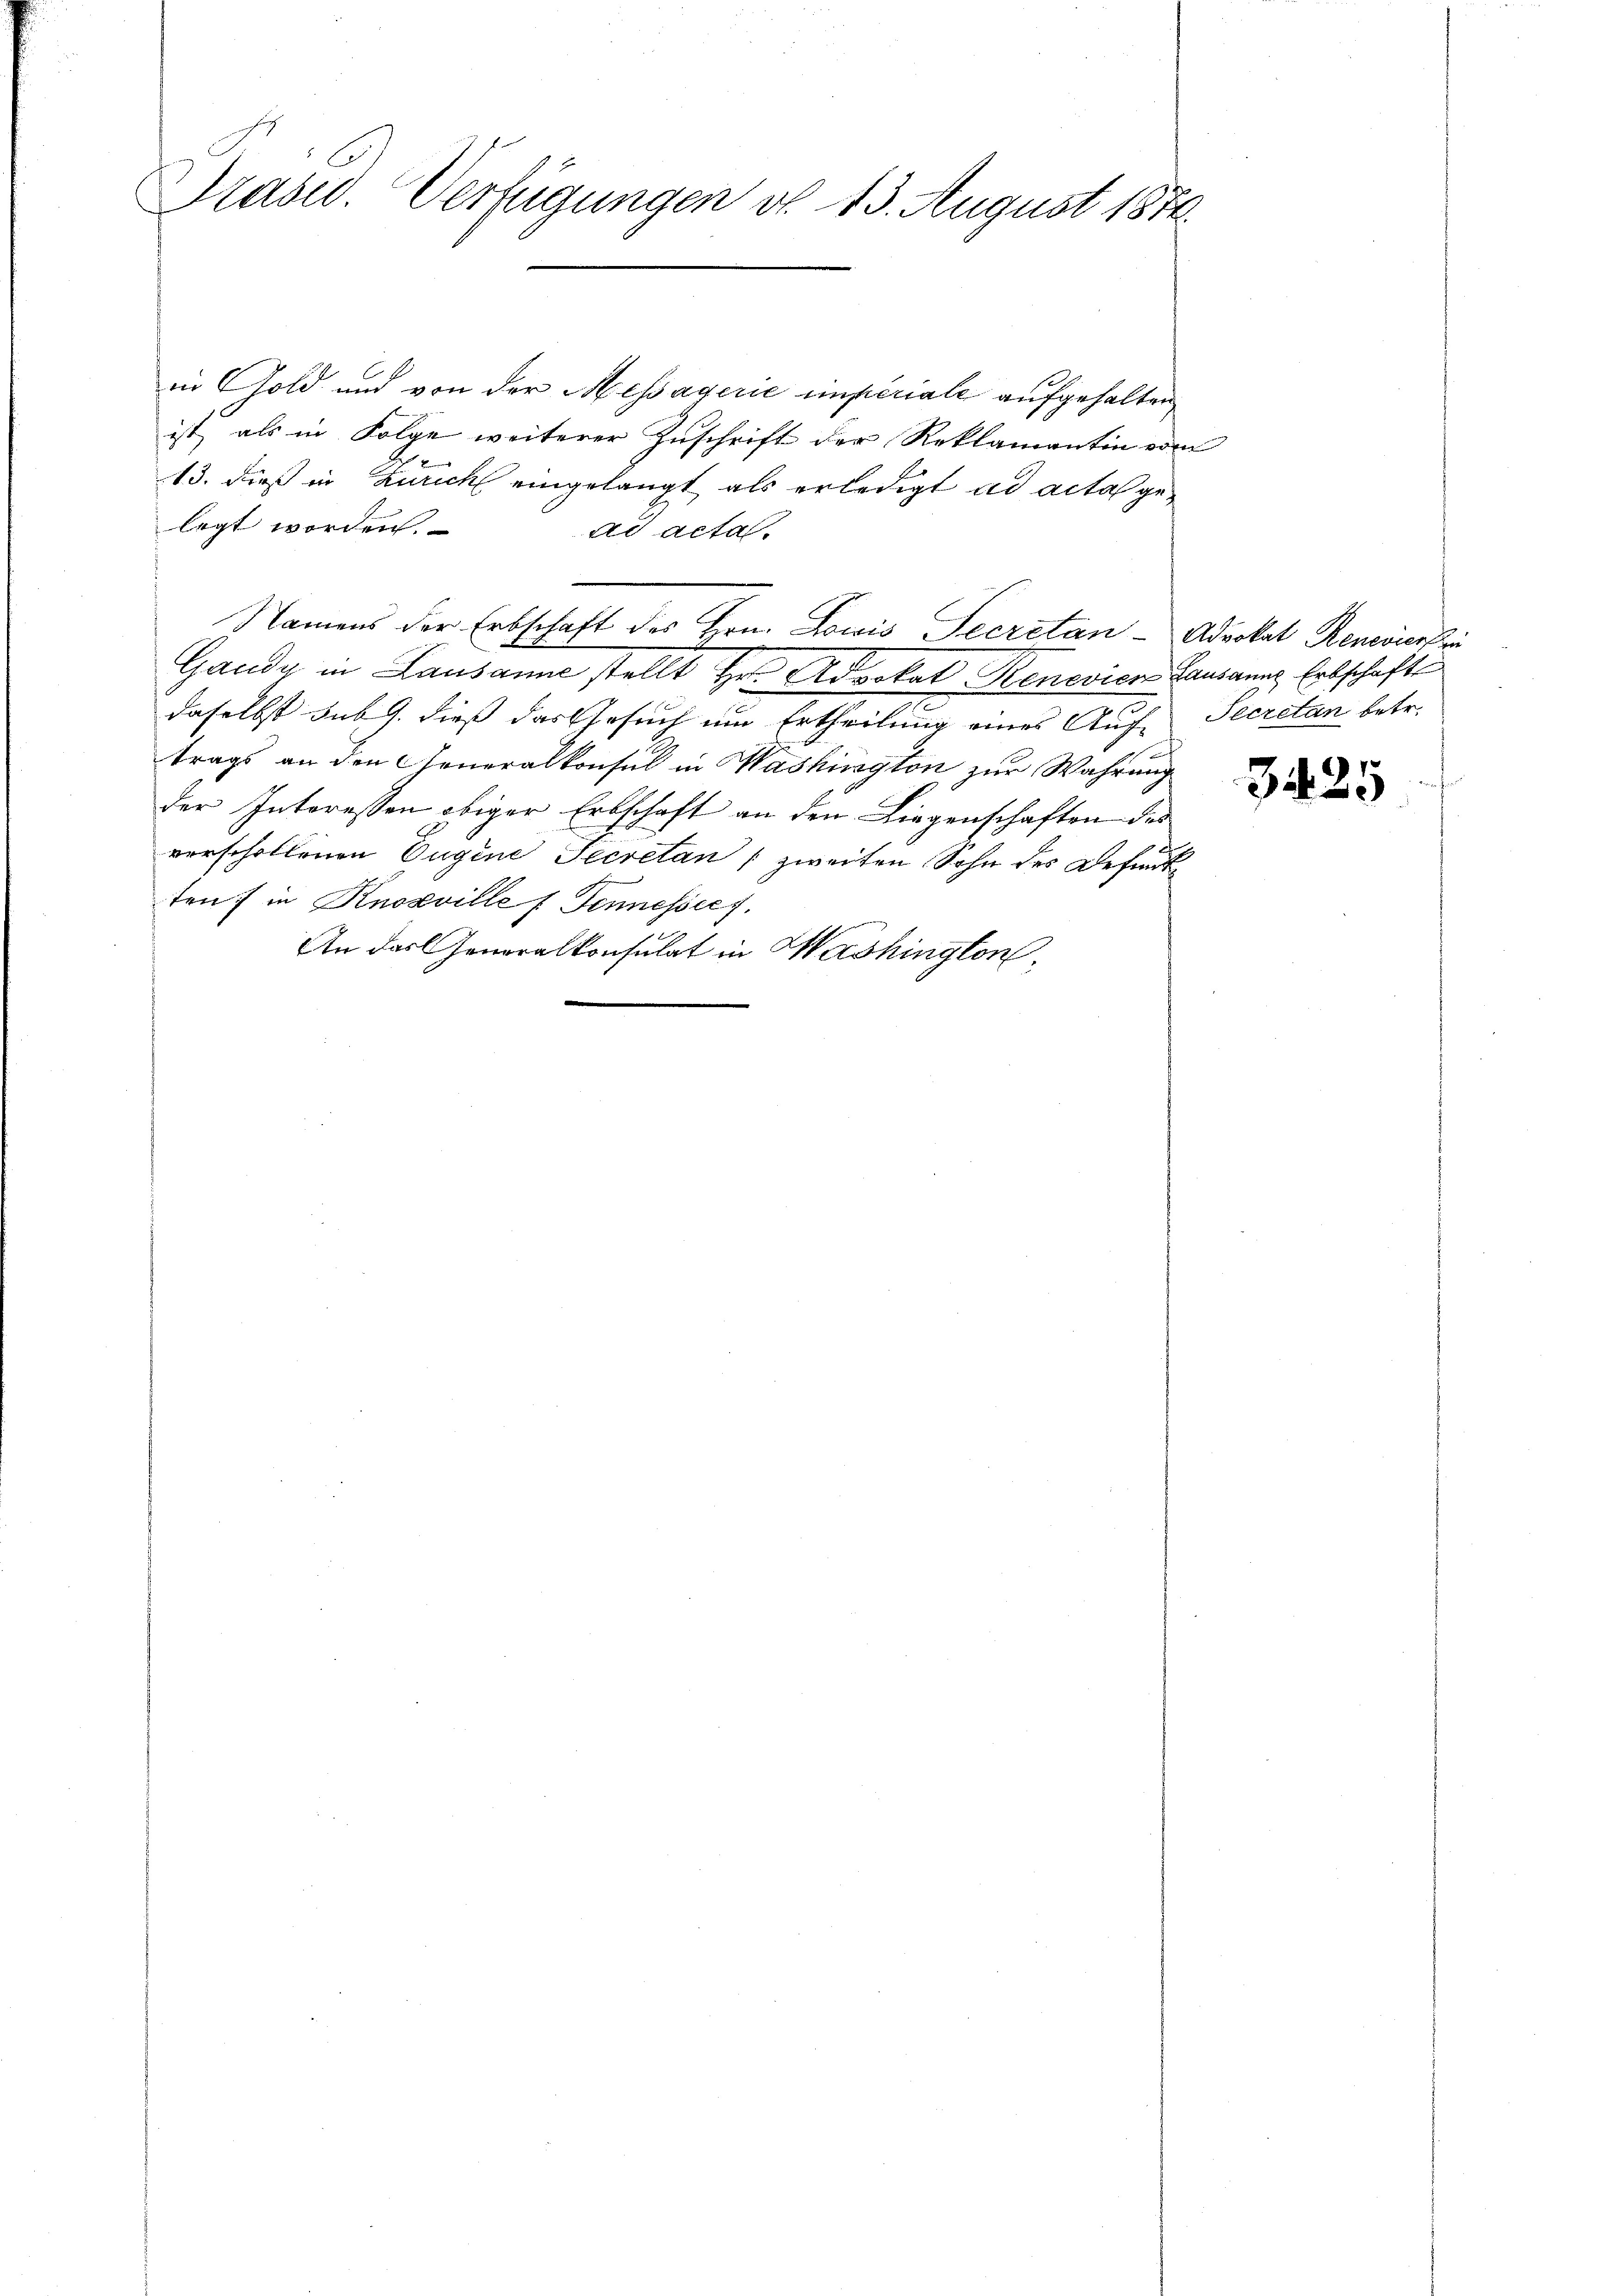
Praser. Verfügungen v. 13. August 1874.

in Gold und von der Messagerie imperiale aufgehalten
ist, als in Folge weiterer Zuschrift der Reklamantin vom
13. dieß in Zürich eingelangt als erledigt ad acta gelegt worden.
ad acta.
Gandy in Lausanne stellt Hr. Advokat Renovics Lausanns Erbschaft
n
daselbst sub. dieß das Gesuch um Ertheilung eines Auf-Secretan betr.
trags an den Generalkonsul in Washington zur Wahrung
der Interessen obiger Erbschaft an den Liegenschaften des
verschollenen Eugene Secretan zweiten Sohn des Befundtten) in Knosville Tennesses,
An das Generalkonsulat in Washington,

Namens der Erbschaft des Hrn. Lowis Secretan - Advokat Renevierhei

3425